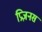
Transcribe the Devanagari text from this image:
प्रिज़नस